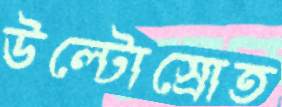
উল্টোস্রোত